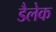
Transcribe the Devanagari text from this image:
डैलेक